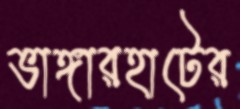
ভাঙ্গারহাটের